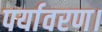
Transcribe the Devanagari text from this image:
पर्यावरण।